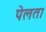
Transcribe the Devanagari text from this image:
पेलता